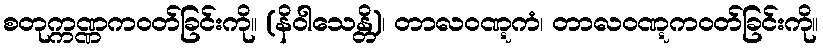
စတုက္ကဏ္ဏကဝတ်ခြင်းကို။ (နိဝါသေန္တိ)၊ တာလဝဏ္ဋကံ၊ တာလဝဏ္ဋကဝတ်ခြင်းကို။